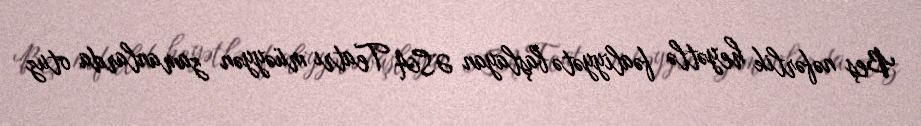
Beş nəfərlik heyətlə fəaliyyətə başlayan ƏSA Teatrı müəyyən zamanlarda otuz